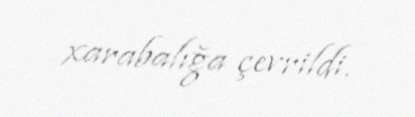
xarabalığa çevrildi.